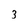
Character: 3